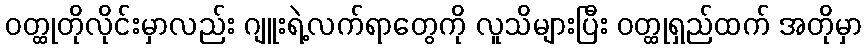
ဝတ္ထုတိုလိုင်းမှာလည်း ဂျူးရဲ့လက်ရာတွေကို လူသိများပြီး ဝတ္ထုရှည်ထက် အတိုမှာ